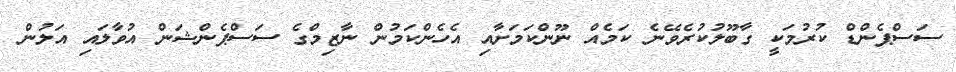
ސަސްޕެންޑް ކުރުމަކީ ގާބޫލުކުރެވޭނެ ކަމެއް ނޫންކަމަށާއި އެހެންކަމުން ނާޒިމްގެ ސަސްޕެންޝަން އުވާލައި އަލުން